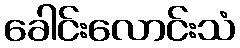
ခေါင်းလောင်းသံ